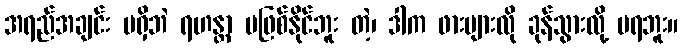
အရည်အချင်း မရှိဘဲ ရဟန္တာ မဖြစ်နိုင်ဘူး တဲ့၊ ဒါက ဖားများလို ခုန်သွားလို့ မရဘူး။